Vaccination in Burma 1920-1933 - 1920-1933
Year: 1920
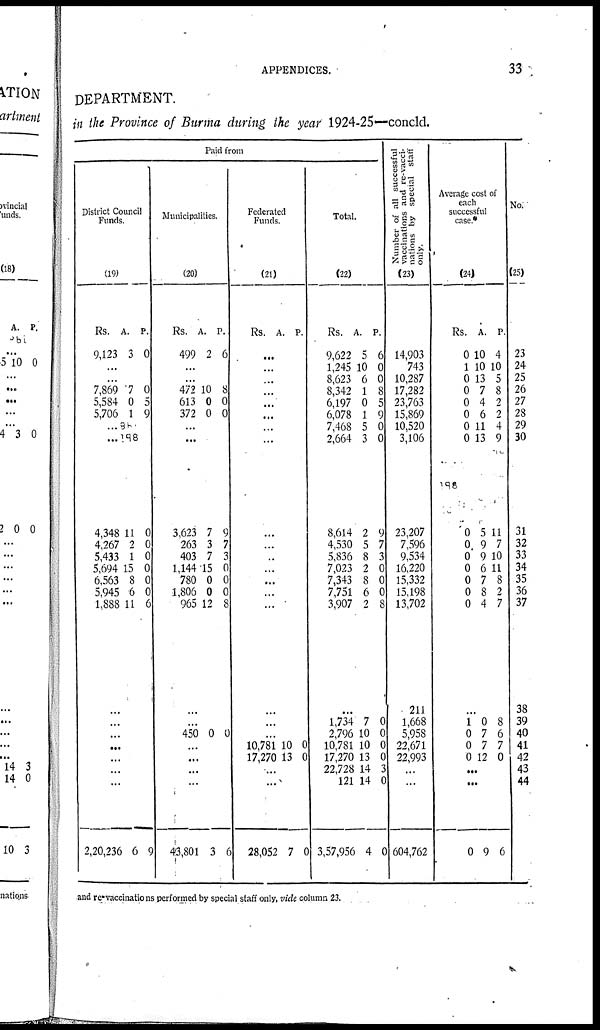
APPENDICES.
33
DEPARTMENT.
in the Province of Burma during the year 1924-25—concld.
Paid from
District Council
Funds.
(19)
Rs.
9,123
A.
3
P.
0
...
...
7,869
5,584
5,706
...
...
4,348
4,267
5,433
5,694
6,563
5,945
1,888
7
0
1
88
188
11
2
1
15
8
6
11
0
5
9
0
0
0
0
0
0
6
...
...
...
...
...
...
...
2,20,236 6 9
Municipalities.
(20)
Rs.
499
A.
2
P.
6
...
...
472
613
372
10
0
0
8
0
0
...
...
3,623
263
403
1,144
780
1,806
965
7
3
7
15
0
0
12
9
7
3
0
0
0
8
...
...
450 0 0
...
...
...
...
43,801 3 6
Federated
Funds.
(21)
Rs. A. P.
...
...
...
...
...
...
...
...
...
...
...
...
...
...
...
...
...
...
10,781
17,270
10
13
0
0
...
...
28,052 7 0
Total.
(22)
Rs.
9,622
1,245
8,623
8,342
6,197
6,078
7,468
2,664
8,614
4,530
5,836
7,023
7,343
7,751
3,907
A.
5
10
6
1
0
1
5
3
2
5
8
2
8
6
2
P.
6
0
0
8
5
9
0
0
9
7
3
0
0
0
8
...
1,734
2,796
10,781
17,270
22,728
121
3,57,956
7
10
10
13
14
14
4
0
0
0
0
3
0
0
Number of all successful
vaccinations and re-vacci-
nations by special staff
only.
(23)
14,903
743
10,287
17,282
23,763
15,869
10,520
3,106
23,207
7,596
9,534
16,220
15,332
15,198
13,702
211
1,668
5,958
22,671
22,993
...
...
604,762
Average cost of
each
successful
case.*
(24)
Rs.
0
1
0
0
0
0
0
0
0
0
0
0
0
0
0
A.
10
10
13
7
4
6
11
13
5
9
9
6
7
8
4
P.
4
10
5
8
2
2
4
9
11
7
10
11
8
2
7
...
1
0
0
0
0
7
7
12
8
6
7
0
...
...
0 9 6
No.
(25)
23
24
25
26
27
28
29
30
31
32
33
34
35
36
37
38
39
40
41
42
43
44
and re-vaccinations performed by special staff only, vide column 23.